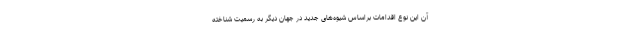
آن این نوع اقدامات براساس شیوه‌های جدید در جهان دیگر به رسمیت شناخته